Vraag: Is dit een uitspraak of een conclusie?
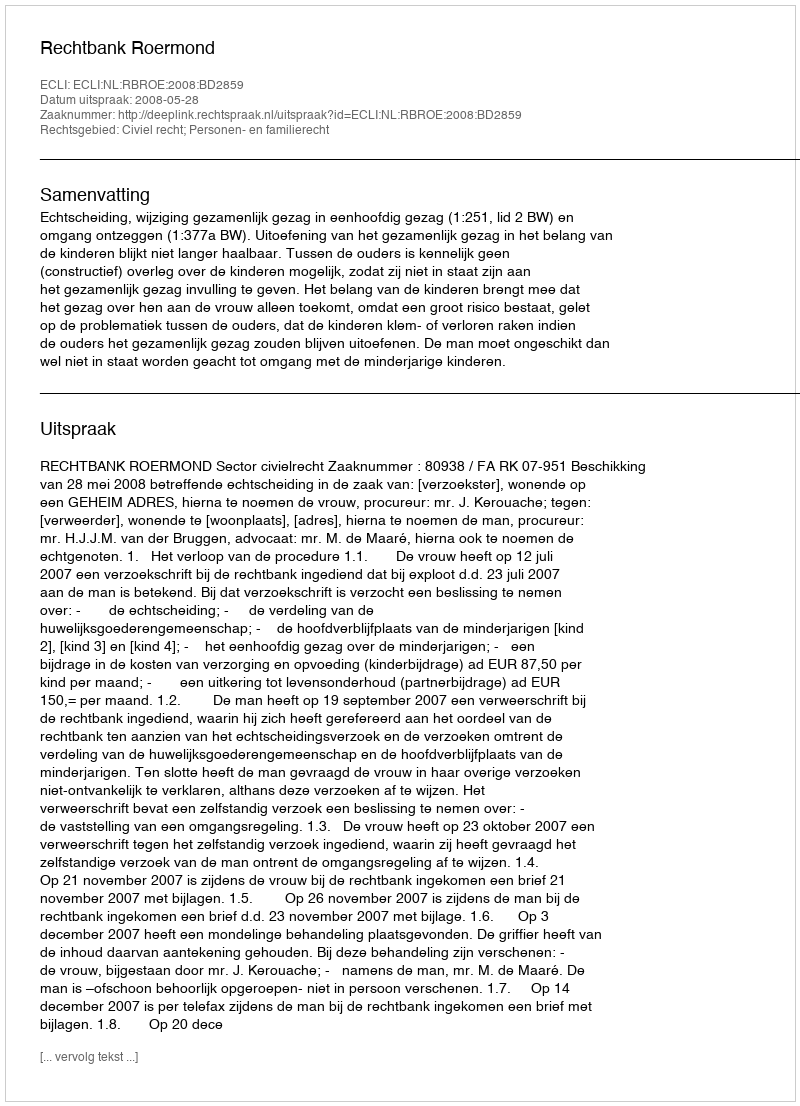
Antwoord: Uitspraak